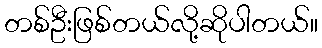
တစ်ဦးဖြစ်တယ်လို့ဆိုပါတယ်။